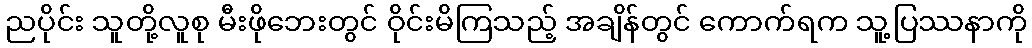
ညပိုင်း သူတို့လူစု မီးဖိုဘေးတွင် ဝိုင်းမိကြသည့် အချိန်တွင် ကောက်ရက သူ့ပြဿနာကို